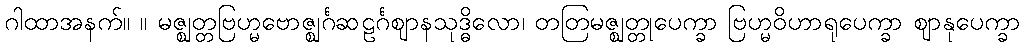
ဂါထာအနက်။ ။ မဇ္ဈတ္တဗြဟ္မဗောဇ္ဈင်္ဂဆဠင်္ဂဈာနသုဒ္ဓိလော၊ တတြမဇ္ဈတ္တုပေက္ခာ ဗြဟ္မဝိဟာရုပေက္ခာ ဈာနုပေက္ခာ